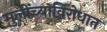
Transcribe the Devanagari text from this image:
मुलींच्याविरोधात